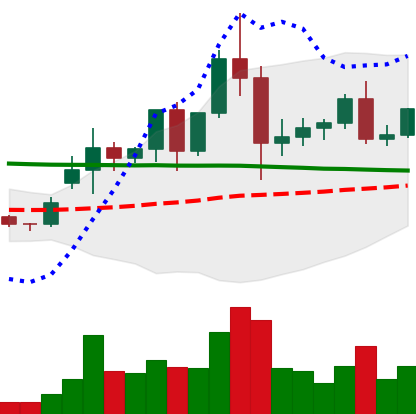
Ticker: ETC-USD
Chart end date: 2020-12-03
Forward return: -12.284%
Label: down_7plus